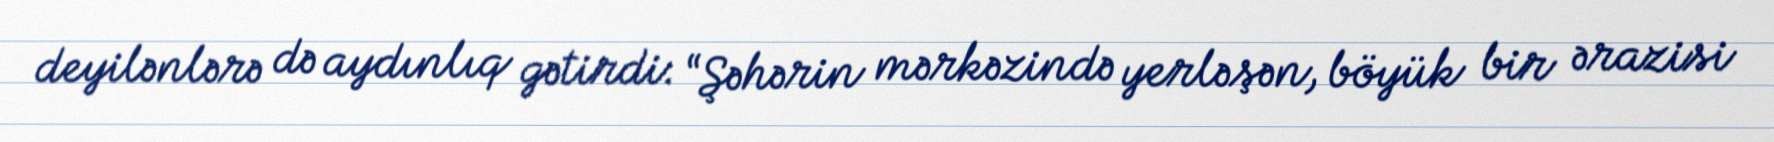
deyilənlərə də aydınlıq gətirdi: “Şəhərin mərkəzində yerləşən, böyük bir ərazisi